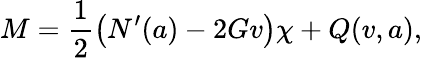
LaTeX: M=\frac{1}{2}\left(N^{\prime}(a)-2Gv\right)\chi+Q(v,a),